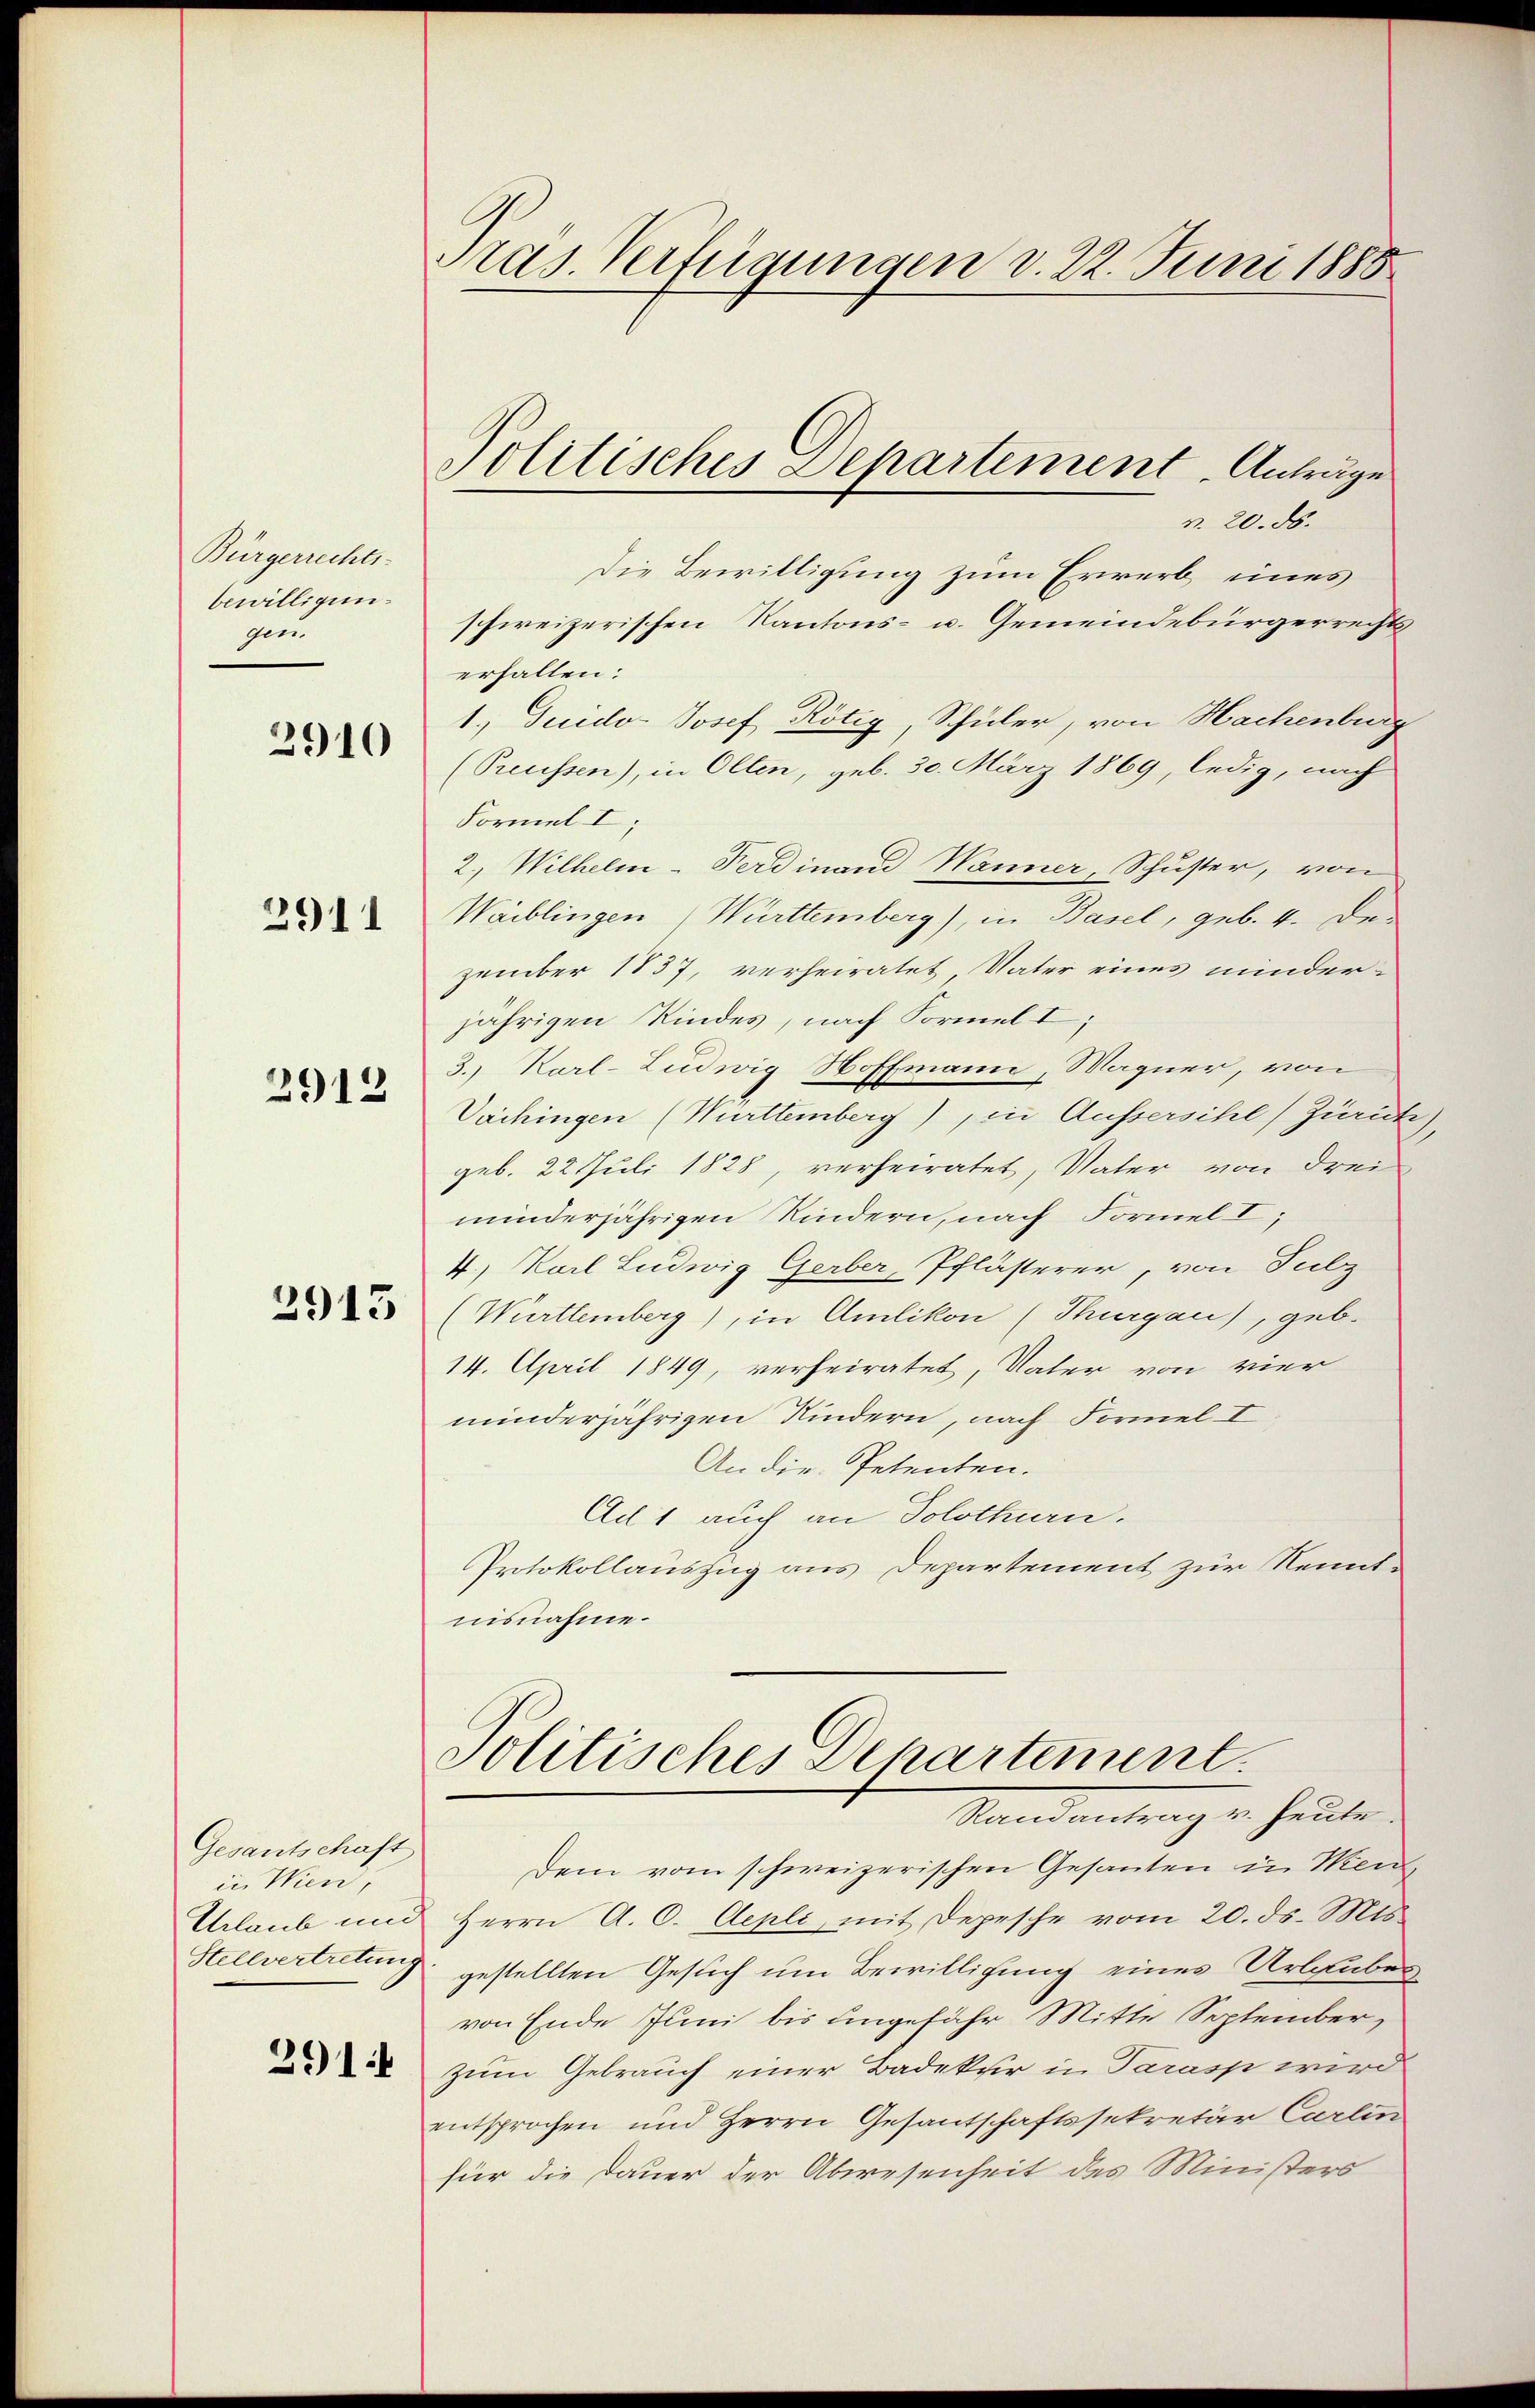
Bürgerrechts-
bewilligungen

2910

291

2912

2915

Gesantschaft
in Wien,
Urlaub und

2914

Pras. Verfügungen v. 22. Juni 1888

r. 20. ds.
Die Bewilligung zum Erwerb eines
schweizerischen Kantons- u. Gemeindebürgerrechts
erhalten:
1.) Guidor Josef Rötig, Schüler, von Hachenburg
(Preussen), in Olten, geb. 30. März 1869, ledig, nach
Formel I
2., Wilhelm Ferdinand Wanner, Schuster, von
Waiblingen Württemberg), in Basel, geb. 4. Dezember 1837, verheiratet Vater eines minder-
jährigen Kindes, nach Formel I
3., Karl-Ludwig Hoffmann, Magner, von
Vaihingen (Württemberg), in Aussersihl) Zurück,
geb. 22. Juli 1828, verheiratet, Vater von drei
minderjährigen Kindern, nach Formel I;
4., Karl Ludwig Gerber, Pflästerer, von Sulz
(Württemberg), in Amlikon (Thurgau), geb.
14. April 1849, verheiratet, Vater von vier
minderjährigen Kindern, nach Formel I
An die Petenten.
Ad 1 auch an Solothurn.
Protokollauszug aus Departement zur Nenntnisnahme.

Politisches Departement Anträge

Politisches Departement.
Malantrag v. Heute.

Dem vom schweizerischen Gesanten in Men
Herrn A. C. Aepli, mit Depesche vom 20. ds. Mts.
Stellvertretung gestellten Gesuch um Bewilligung eines Urlaubes
von Ende Juni bis ungefähr Mitte September,
zum Gebrauch einer Badeker in Parasp wird
entsprochen und Herrn Gesantschaftssekretär Carlin
für die Dauer der Abwesenheit des Ministers